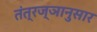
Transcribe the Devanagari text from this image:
तंत्रज्ञानुसार